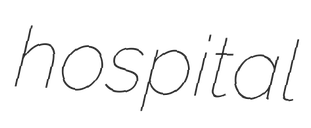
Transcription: hospital